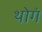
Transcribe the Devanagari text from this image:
थोगं